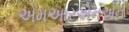
એમઆરએનએન